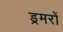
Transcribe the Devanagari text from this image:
ड्रमरों